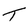
Character: T